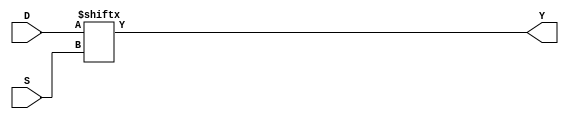
module mux16 (D, S, Y);
 	input  [15:0] D;
 	input  [3:0] S;
 	output Y;

 	assign Y = D[S];

endmodule


module top (
input [3:0] S,
input [15:0] D,
output M16
);

mux16 u_mux16 (
        .S (S[3:0]),
        .D (D[15:0]),
        .Y (M16)
    );

endmodule